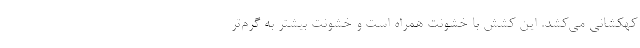
کهکشانی می‌کشد. این کشش با خشونت همراه است و خشونت بیشتر به گرم‌تر